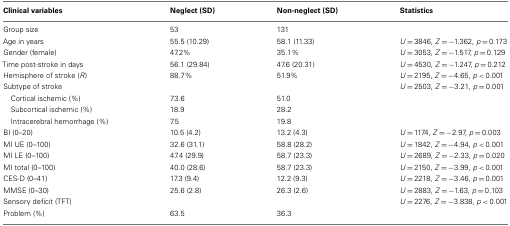
<table><thead><tr><td><b>Clinical variables</b></td><td><b>Neglect (SD)</b></td><td><b>Non-neglect (SD)</b></td><td><b>Statistics</b></td></tr></thead><tbody><tr><td>Group size</td><td>53</td><td>131</td><td></td></tr><tr><td>Age in years</td><td>55.5 (10.29)</td><td>58.1 (11.33)</td><td><i>U</i> = 3846, <i>Z</i> = −1.362, <i>p</i> = 0.173</td></tr><tr><td>Gender (female)</td><td>47.2%</td><td>35.1%</td><td><i>U</i> = 3053, <i>Z</i> = −1.517, <i>p</i> = 0.129</td></tr><tr><td>Time post-stroke in days</td><td>56.1 (29.84)</td><td>47.6 (20.31)</td><td><i>U</i> = 4530, <i>Z</i> = −1.247, <i>p</i> = 0.212</td></tr><tr><td>Hemisphere of stroke (<i>R</i>)</td><td>88.7%</td><td>51.9%</td><td><i>U</i> = 2195, <i>Z</i> = −4.65, <i>p</i> &lt; 0.001</td></tr><tr><td>Subtype of stroke</td><td></td><td></td><td><i>U</i> = 2503, <i>Z</i> = −3.21, <i>p</i> = 0.001</td></tr><tr><td> Cortical ischemic (%)</td><td>73.6</td><td>51.0</td><td></td></tr><tr><td> Subcortical ischemic (%)</td><td>18.9</td><td>28.2</td><td></td></tr><tr><td> Intracerebral hemorrhage (%)</td><td>7.5</td><td>19.8</td><td></td></tr><tr><td>BI (0–20)</td><td>10.5 (4.2)</td><td>13.2 (4.3)</td><td><i>U</i> = 1174, <i>Z</i> = −2.97, <i>p</i> = 0.003</td></tr><tr><td>MI UE (0–100)</td><td>32.6 (31.1)</td><td>58.8 (28.2)</td><td><i>U</i> = 1842, <i>Z</i> = −4.94, <i>p</i> &lt; 0.001</td></tr><tr><td>MI LE (0–100)</td><td>47.4 (29.9)</td><td>58.7 (23.3)</td><td><i>U</i> = 2689, <i>Z</i> = −2.33, <i>p</i> = 0.020</td></tr><tr><td>MI total (0–100)</td><td>40.0 (28.6)</td><td>58.7 (23.3)</td><td><i>U</i> = 2150, <i>Z</i> = −3.99, <i>p</i> &lt; 0.001</td></tr><tr><td>CES-D (0–41)</td><td>17.3 (9.4)</td><td>12.2 (9.3)</td><td><i>U</i> = 2218, <i>Z</i> = −3.46, <i>p</i> = 0.001</td></tr><tr><td>MMSE (0–30)</td><td>25.6 (2.8)</td><td>26.3 (2.6)</td><td><i>U</i> = 2883, <i>Z</i> = −1.63, <i>p</i> = 0.103</td></tr><tr><td>Sensory deficit (TFT)</td><td></td><td></td><td><i>U</i> = 2276, <i>Z</i> = −3.838, <i>p</i> &lt; 0.001</td></tr><tr><td>Problem (%)</td><td>63.5</td><td>36.3</td><td></td></tr></tbody></table>